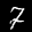
Label: 7